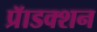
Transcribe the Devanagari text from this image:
प्रॅाडक्शन